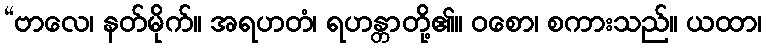
“ဗာလေ၊ နတ်မိုက်။ အရဟတံ၊ ရဟန္တာတို့၏။ ဝစော၊ စကားသည်။ ယထာ၊